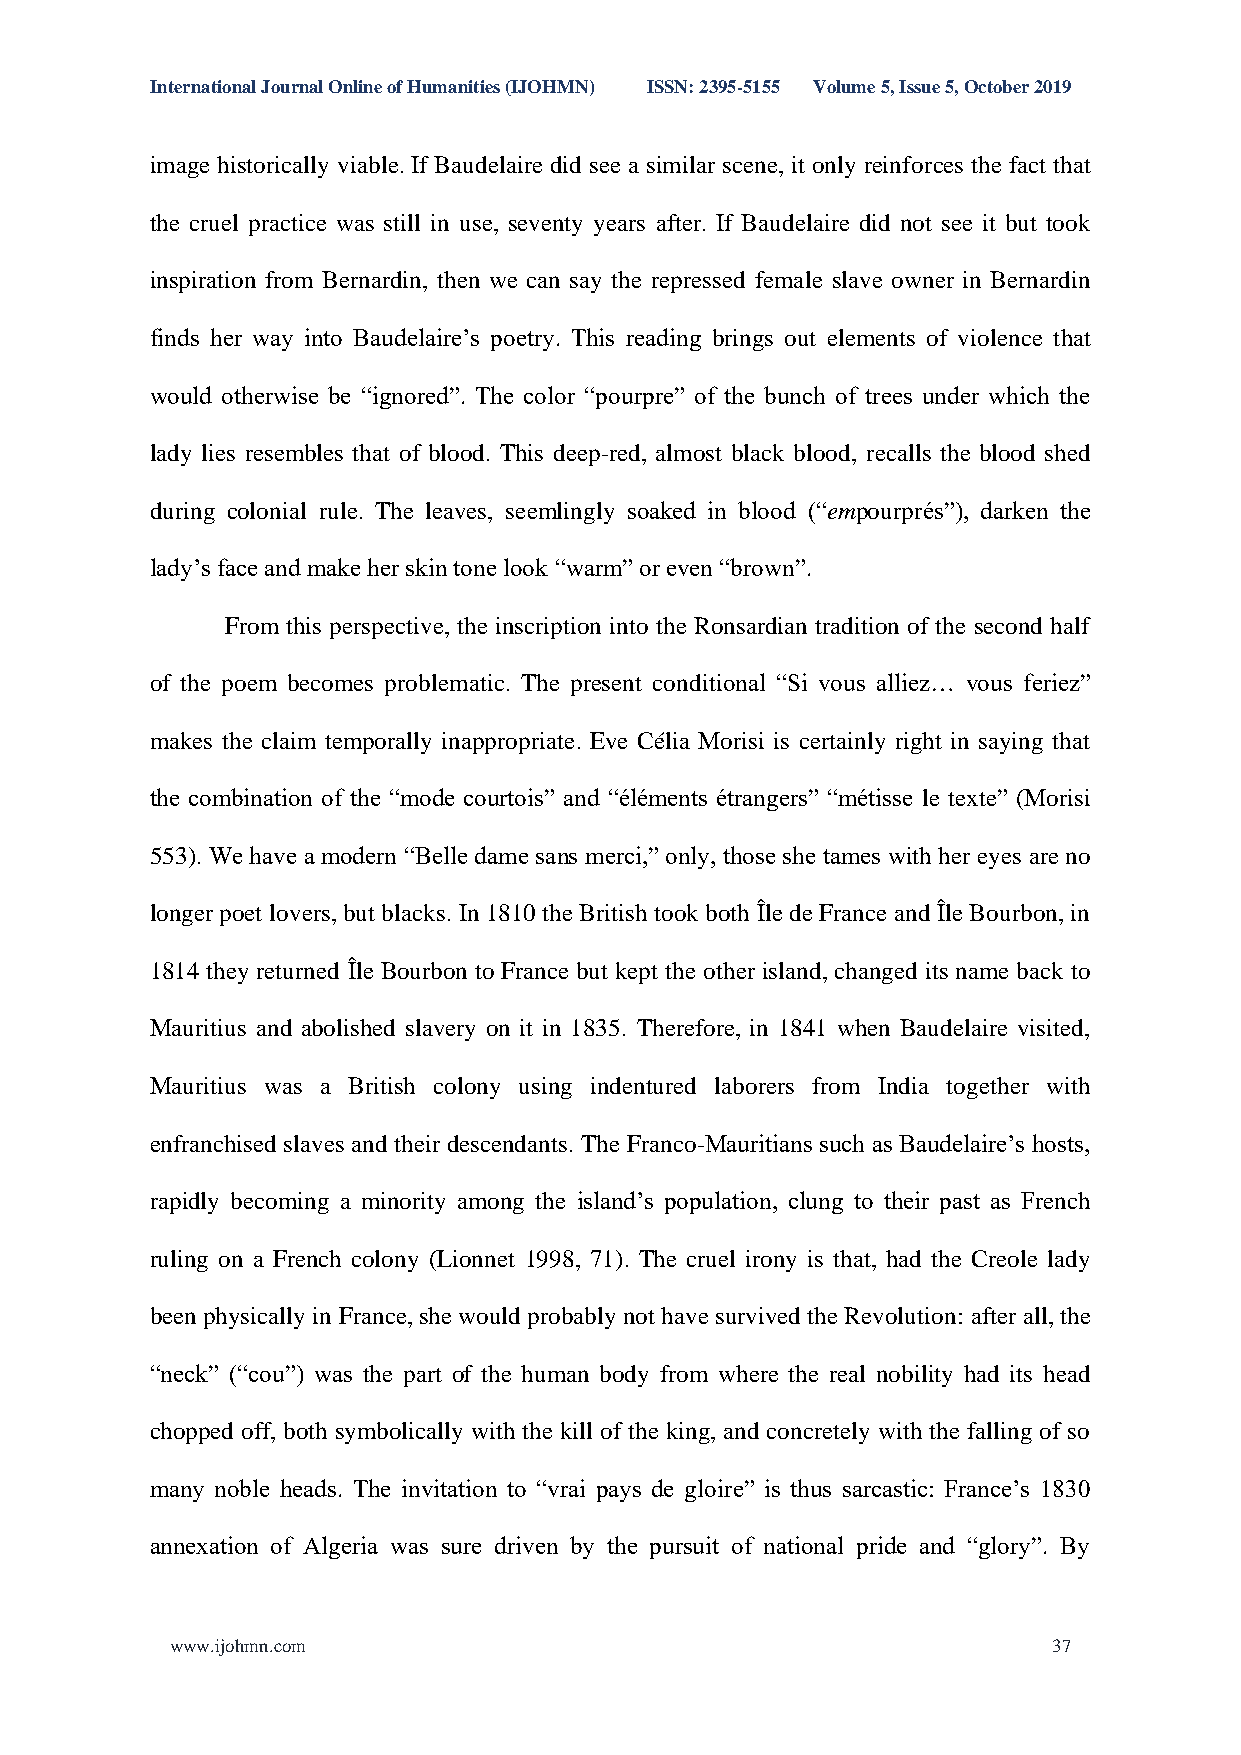
International Journal Online of Humanities (IJOHMN) ISSN: 2395-5155 Volume 5, Issue 5, October 2019
 image historically viable. If Baudelaire did see a similar scene, it only reinforces the fact that
 the cruel practice was still in use, seventy years after. If Baudelaire did not see it but took
 inspiration from Bernardin, then we can say the repressed female slave owner in Bernardin
 finds her way into Baudelaire’s poetry. This reading brings out elements of violence that
 would otherwise be “ignored”. The color “pourpre” of the bunch of trees under which the
 lady lies resembles that of blood. This deep-red, almost black blood, recalls the blood shed
 during colonial rule. The leaves, seemlingly soaked in blood (“empourprés”), darken the
 lady’s face and make her skin tone look “warm” or even “brown”.
 From this perspective, the inscription into the Ronsardian tradition of the second half
 of the poem becomes problematic. The present conditional “Si vous alliez… vous feriez”
 makes the claim temporally inappropriate. Eve Célia Morisi is certainly right in saying that
 the combination of the “mode courtois” and “éléments étrangers” “métisse le texte” (Morisi
 553). We have a modern “Belle dame sans merci,” only, those she tames with her eyes are no
 longer poet lovers, but blacks. In 1810 the British took both Île de France and Île Bourbon, in
 1814 they returned Île Bourbon to France but kept the other island, changed its name back to
 Mauritius and abolished slavery on it in 1835. Therefore, in 1841 when Baudelaire visited,
 Mauritius was a British colony using indentured laborers from India together with
 enfranchised slaves and their descendants. The Franco-Mauritians such as Baudelaire’s hosts,
 rapidly becoming a minority among the island’s population, clung to their past as French
 ruling on a French colony (Lionnet 1998, 71). The cruel irony is that, had the Creole lady
 been physically in France, she would probably not have survived the Revolution: after all, the
 “neck” (“cou”) was the part of the human body from where the real nobility had its head
 chopped off, both symbolically with the kill of the king, and concretely with the falling of so
 many noble heads. The invitation to “vrai pays de gloire” is thus sarcastic: France’s 1830
 annexation of Algeria was sure driven by the pursuit of national pride and “glory”. By
 www.ijohmn.com                                             37